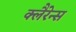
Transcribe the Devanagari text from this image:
क्लैरेन्स